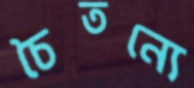
চৈতন্যে